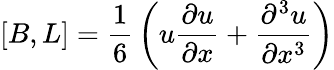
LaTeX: \left[B,L\right]={\frac{1}{6}}\left(u{\frac{\partial u}{\partial x}}+{\frac{\partial^{3}u}{\partial x^{3}}}\right)